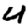
Digit: 4